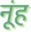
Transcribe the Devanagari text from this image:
नूंह